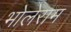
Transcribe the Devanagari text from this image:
भोलेराम